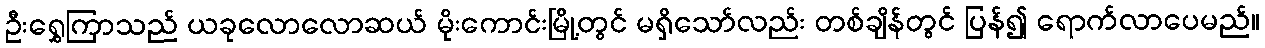
ဦးရွှေကြာသည် ယခုလောလောဆယ် မိုးကောင်းမြို့တွင် မရှိသော်လည်း တစ်ချိန်တွင် ပြန်၍ ရောက်လာပေမည်။